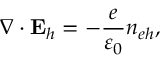
\nabla \cdot { \bf E } _ { h } = - \frac { e } { \varepsilon _ { 0 } } n _ { e h } ,